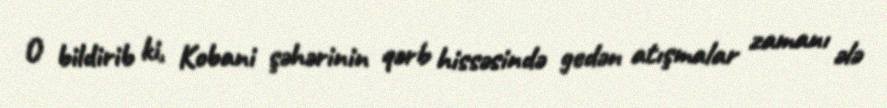
O bildirib ki, Kobani şəhərinin qərb hissəsində gedən atışmalar zamanı ələ